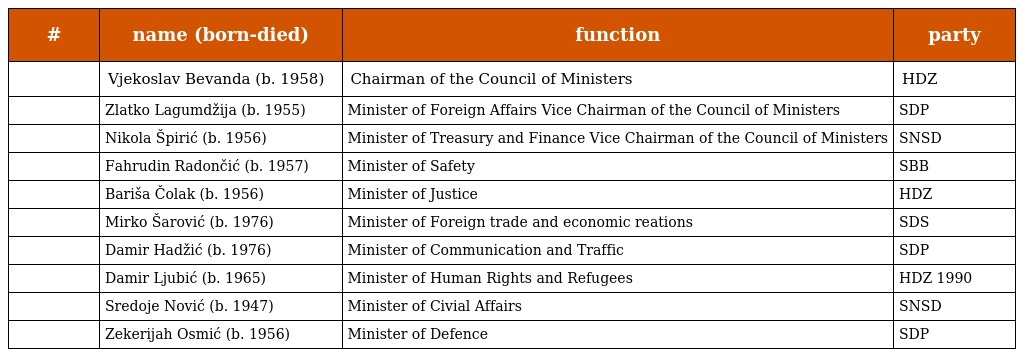
| # | name (born-died) | function | party |
 | --- | --- | --- | --- |
 |  | Vjekoslav Bevanda (b. 1958) | Chairman of the Council of Ministers | HDZ |
 |  | Zlatko Lagumdžija (b. 1955) | Minister of Foreign Affairs Vice Chairman of the Council of Ministers | SDP |
 |  | Nikola Špirić (b. 1956) | Minister of Treasury and Finance Vice Chairman of the Council of Ministers | SNSD |
 |  | Fahrudin Radončić (b. 1957) | Minister of Safety | SBB |
 |  | Bariša Čolak (b. 1956) | Minister of Justice | HDZ |
 |  | Mirko Šarović (b. 1976) | Minister of Foreign trade and economic reations | SDS |
 |  | Damir Hadžić (b. 1976) | Minister of Communication and Traffic | SDP |
 |  | Damir Ljubić (b. 1965) | Minister of Human Rights and Refugees | HDZ 1990 |
 |  | Sredoje Nović (b. 1947) | Minister of Civial Affairs | SNSD |
 |  | Zekerijah Osmić (b. 1956) | Minister of Defence | SDP |